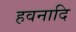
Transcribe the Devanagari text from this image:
हवनादि